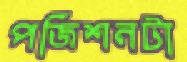
পজিশনটা